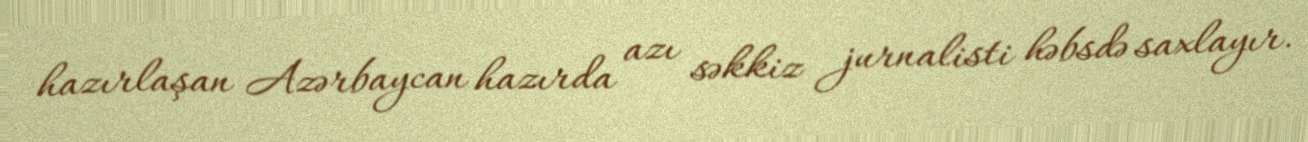
hazırlaşan Azərbaycan hazırda azı səkkiz jurnalisti həbsdə saxlayır.